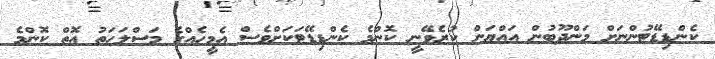
ކެންޑިޑޭޓުންނަށް މަންދޫބުން އައްޔަން ކުރެވޭނީ ކޮންމެ ކެންޑިޑޭޓަކަށްވެސް އެމީހެއްގެ މަސްލަހަތު އޮތް ކޮންމެ